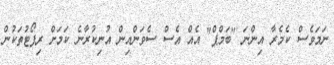
ނަމަވެސް ކެމެރާ އިންނަ "ބަމްޕް" އެއް އެސް ސެވަންއިން އުނިކުރާނެ ކަމަށް ރިޕޯޓުތަކުން